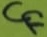
Text: CF